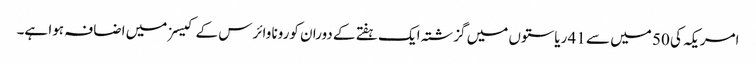
امریکہ کی 50 میں سے 41 ریاستوں میں گزشتہ ایک ہفتے کے دوران کورونا وائرس کے کیسز میں اضافہ ہوا ہے۔